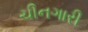
ચીનગારી